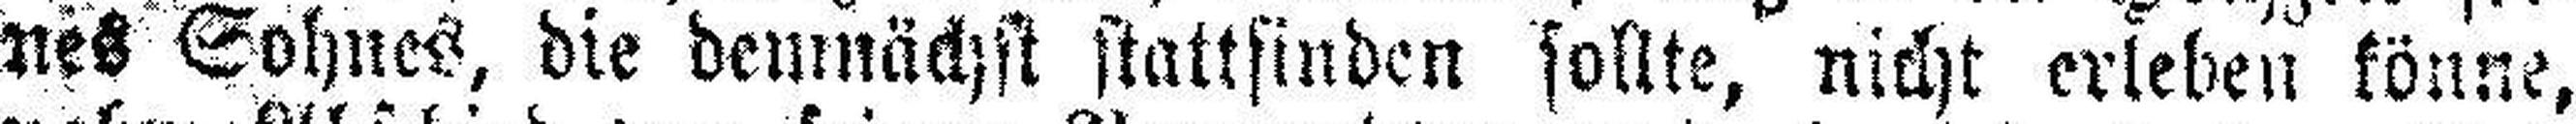
nes Sohnes, die demnächst stattfinden sollte, nicht erleben könne,